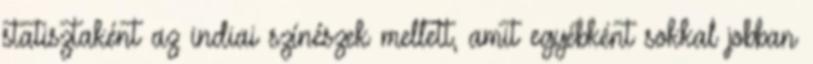
statisztaként az indiai színészek mellett, amit egyébként sokkal jobban